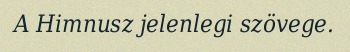
A Himnusz jelenlegi szövege.